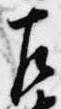
左